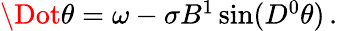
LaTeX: \begin{array}{r}{\Dot{\theta}=\omega-\sigma B^{1}\sin(D^{0}\theta)\, .}\end{array}